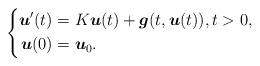
LaTeX: \begin{align*} \left\{ \begin{aligned} \boldsymbol u'(t)&=K\boldsymbol u(t)+\boldsymbol g(t,\boldsymbol u(t)), t>0,\\ \boldsymbol u(0)&=\boldsymbol u_0. \end{aligned}\right. \end{align*}